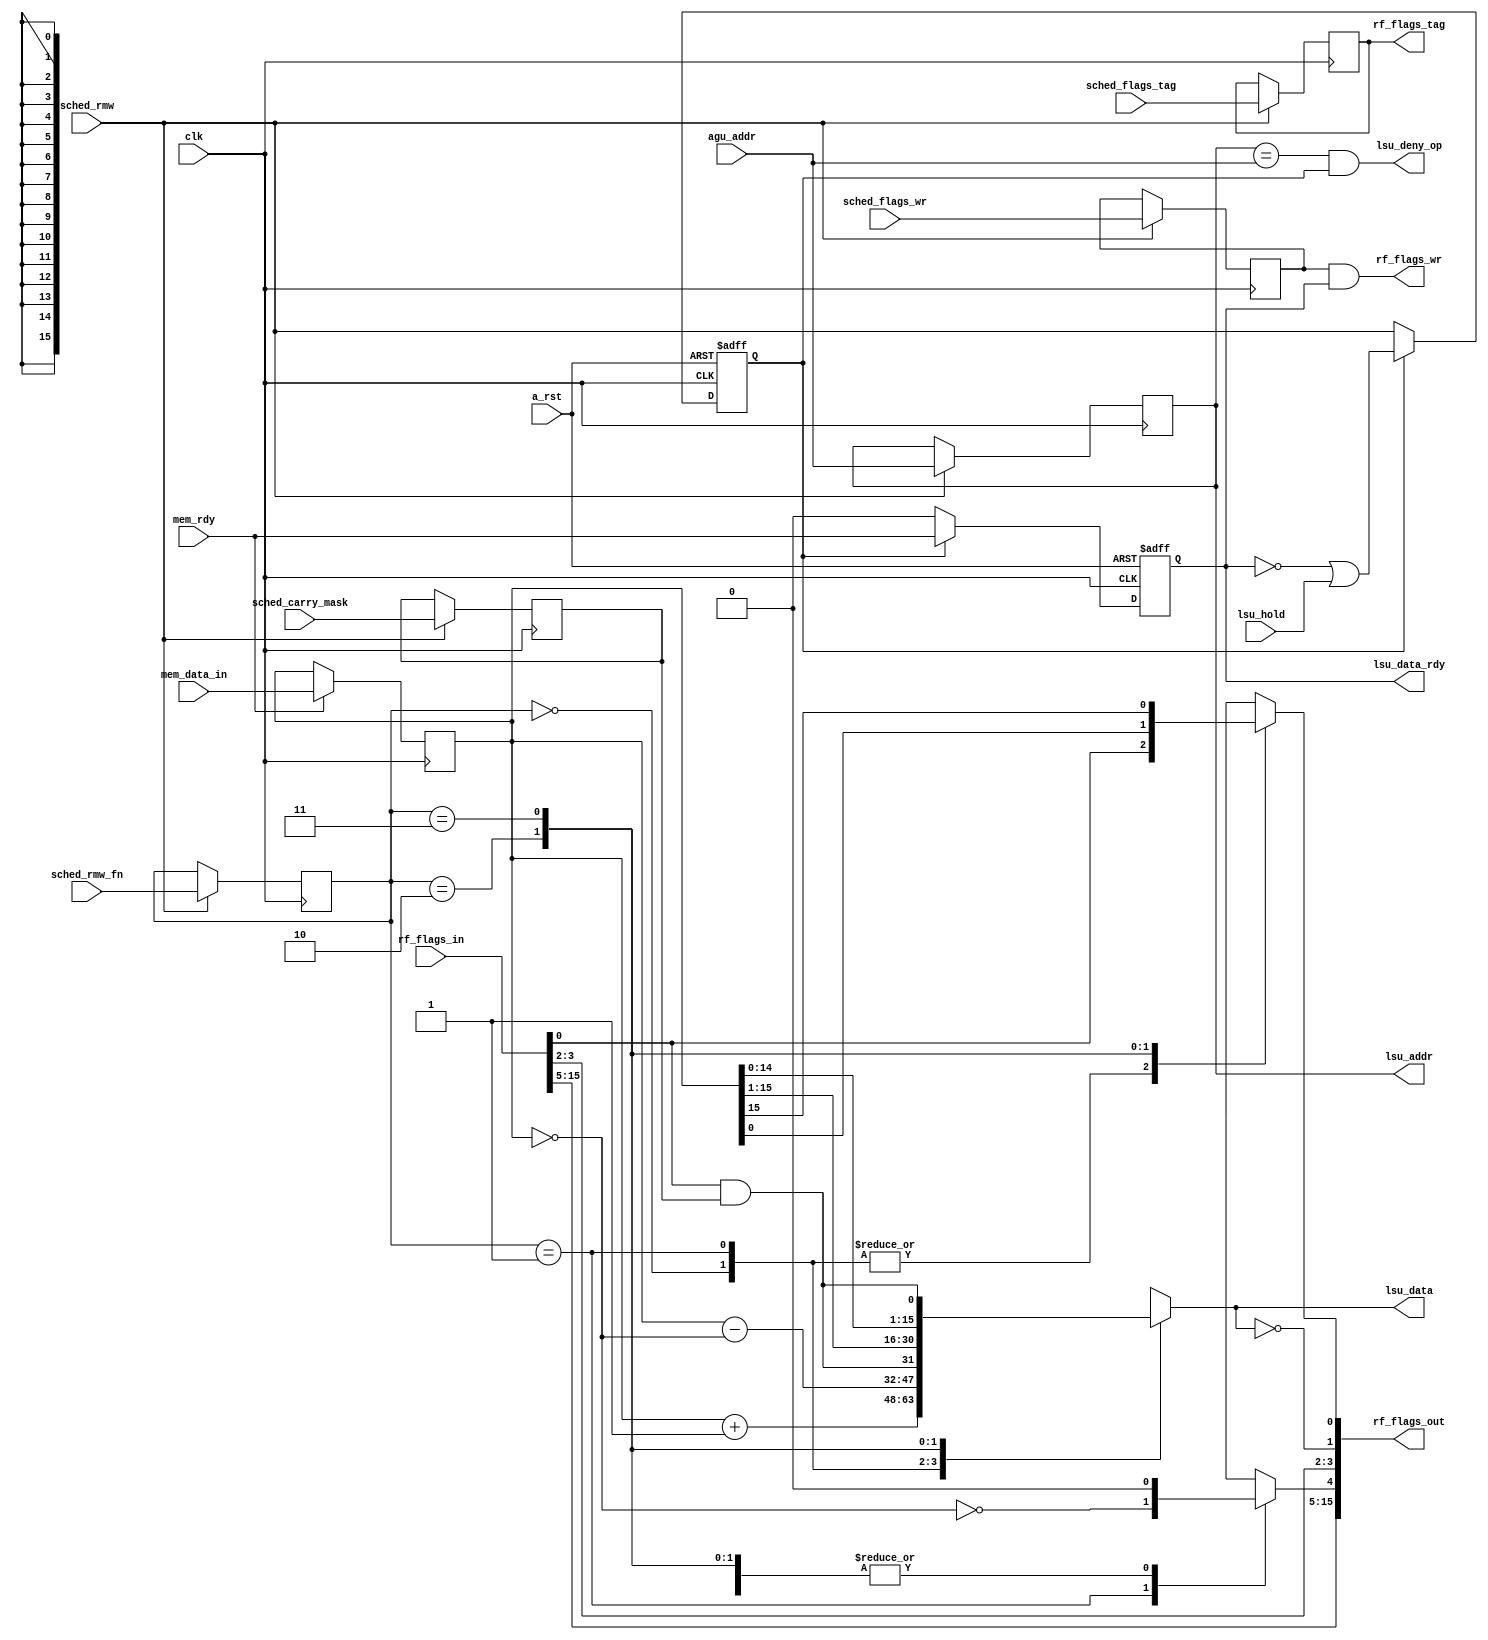

module alu_rwm(
    input   wire        clk,                // Clock
    input   wire        a_rst,              // Async reset
    
    input   wire[15:0]  agu_addr,           // AGU generated address
    
    input   wire        mem_rdy,            // Memory ready
    input   wire[15:0]  mem_data_in,        // Memory Data in
    
    input   wire[1:0]   sched_rmw_fn,       // Function to perform with the data
    input   wire        sched_rmw,          // Start RMW operation, in parallel with the load ack of LSU
    input   wire        sched_flags_wr,     // Write flags after operation
    input   wire[2:0]   sched_flags_tag,    // Tag for flags result
    input   wire        sched_carry_mask,   // Carry Mask
    
    input   wire[15:0]  rf_flags_in,        // Current flags
    output  wire        rf_flags_wr,        // Write flags
    output  wire[15:0]  rf_flags_out,       // Result flags from operation
    output  wire[2:0]   rf_flags_tag,       // Tag for flags register
    
    input   wire        lsu_hold,           // LSU accepted write request
    output  wire        lsu_deny_op,        // Deny any operations at the same address
    output  wire[15:0]  lsu_data,           // Modified data for LSU
    output  wire[15:0]  lsu_addr,           // Original address for LSU
    output  wire        lsu_data_rdy        // Modified data is ready
);

// Sync Logic

reg rmw;
reg phase;

always @(posedge clk or posedge a_rst) begin
    if ( a_rst ) begin
        rmw = 1'b0;
        phase = 1'b0;
    end else begin
        if ( rmw ) begin
            rmw <= ~phase | lsu_hold;
            phase <= mem_rdy;
        end else begin
            rmw <= sched_rmw;
            phase <= 1'b0;
        end
    end
end

reg[15:0] addr;
reg[15:0] data;
reg[1:0] rmw_fn;
reg carry_mask;
reg wr_flags;
reg[2:0] flags_tag;

always @(posedge clk) begin
    data <= mem_rdy ? mem_data_in : data;
    addr <= sched_rmw ? agu_addr : addr;
    rmw_fn <= sched_rmw ? sched_rmw_fn : rmw_fn;
    wr_flags <= sched_rmw ? sched_flags_wr : wr_flags;
    carry_mask <= sched_rmw ? sched_carry_mask : carry_mask;
    flags_tag <= sched_rmw ? sched_flags_tag : flags_tag;
end

// Combinatory Logic

reg[15:0] result;
reg zero;
reg carry;
reg acquired;

wire was_zero = data == 16'b0;
wire carry_in = rf_flags_in[0] & carry_mask;

always @(*) begin
    case ( rmw_fn )
    //  INC
    2'b00: begin 
        carry = rf_flags_in[0];
        result = data + 1'b1;
        acquired = 1'b0;
    end
    //  DEP
    2'b01: begin
        carry = rf_flags_in[0];
        result = data - was_zero;
        acquired = ~was_zero;
    end
    //  LSR/ROR
    2'b10: { acquired, result, carry } = { 1'b0, carry_in, data };
    //  ASL/ROL
    2'b11: { acquired, carry, result } = { 1'b0, data, carry_in };
    endcase
    zero = result == 16'b0;
end

assign rf_flags_out = { rf_flags_in[15:5], acquired, rf_flags_in[3], rf_flags_in[2], zero, carry };
assign rf_flags_wr = wr_flags & phase;
assign rf_flags_tag = flags_tag;
assign lsu_data = result;
assign lsu_addr = addr;
assign lsu_data_rdy = phase;
assign lsu_deny_op = ( addr == agu_addr ) & rmw;

endmodule